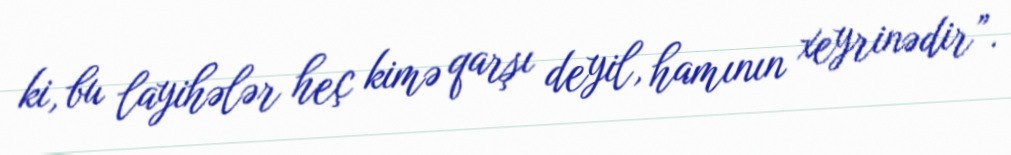
ki, bu layihələr heç kimə qarşı deyil, hamının xeyrinədir”.